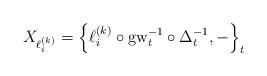
LaTeX: \begin{align*}X_{\ell_i^{(k)}} = \left\{\ell_i^{(k)} \circ {\rm gw}_t^{-1}\circ \Delta_t^{-1},- \right\}_t\end{align*}